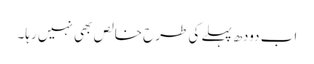
اب دودھ پہلے کی طرح خالص بھی نہیں رہا۔